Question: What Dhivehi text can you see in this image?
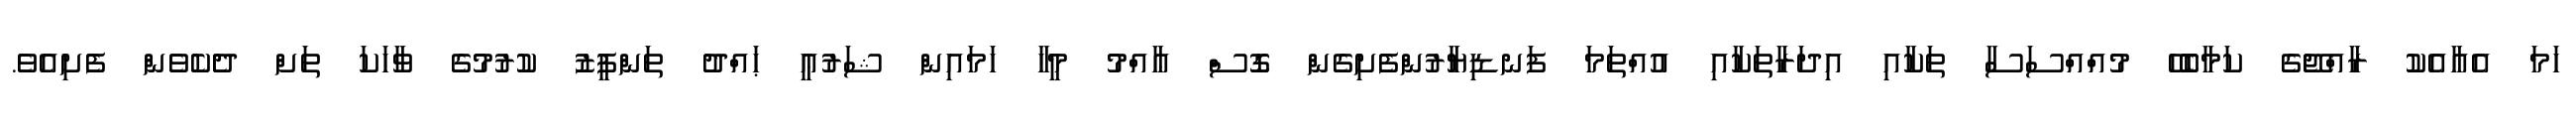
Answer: ހަމަ އެއާއެކު ރާއްޖޭގެ ކަމާބެހޭ މުއްއްސަސާ ތަކާއި އިދަރާތަކާއި އުއްތަމަ ފަނޑިޔާރުންފެށިގެން ގޮސް ޢާއްމު މީހާ ހަމައިން ޝަރުޢީ ޙައްދު ތަންފީޒު ކުރުމުގެ ވާހަކަ ތަށް ދެކެވެން ފެށިއެވެ.